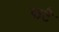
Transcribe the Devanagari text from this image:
फटै